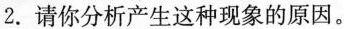
2. 请你分析产生这种现象的原因。